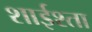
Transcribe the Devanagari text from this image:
शाईश्ता